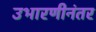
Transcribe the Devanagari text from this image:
उभारणीनंतर